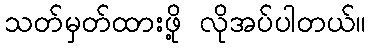
သတ်မှတ်ထားဖို့ လိုအပ်ပါတယ်။